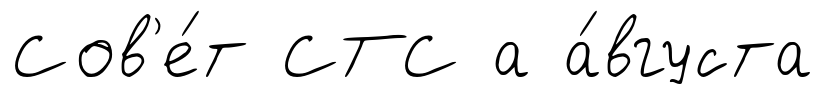
Сов'е́т СТС а а́вгуста